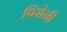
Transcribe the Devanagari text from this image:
पिरोनी